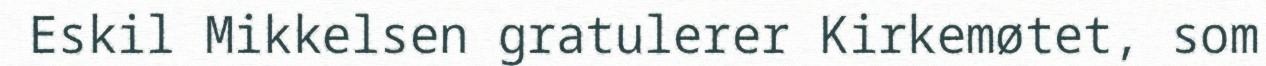
Eskil Mikkelsen gratulerer Kirkemøtet, som